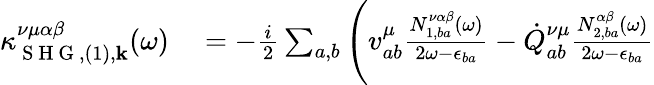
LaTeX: \begin{array}{rl}{\kappa_{\mathrm{~S~H~G~},(1),\mathbf{k}}^{\nu\mu\alpha\beta}(\omega)}&{{}=-\frac{i}{2}\sum_{a,b}\Bigg(v_{ab}^{\mu}\frac{N_{1,ba}^{\nu\alpha\beta}(\omega)}{2\omega-\epsilon_{ba}}-\dot{Q}_{ab}^{\nu\mu}\frac{N_{2,ba}^{\alpha\beta}(\omega)}{2\omega-\epsilon_{ba}}}\end{array}